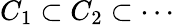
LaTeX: C_{1}\subset C_{2}\subset\cdots